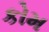
કોમ